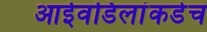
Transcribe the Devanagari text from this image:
आईवडिलांकडेच